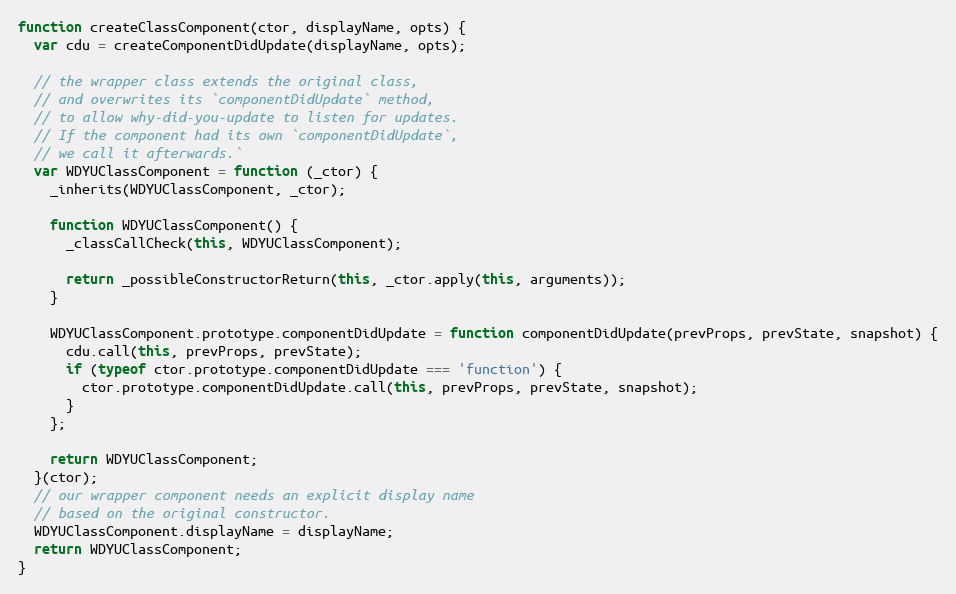
Language: JavaScript
function createClassComponent(ctor, displayName, opts) {
  var cdu = createComponentDidUpdate(displayName, opts);

  // the wrapper class extends the original class,
  // and overwrites its `componentDidUpdate` method,
  // to allow why-did-you-update to listen for updates.
  // If the component had its own `componentDidUpdate`,
  // we call it afterwards.`
  var WDYUClassComponent = function (_ctor) {
    _inherits(WDYUClassComponent, _ctor);

    function WDYUClassComponent() {
      _classCallCheck(this, WDYUClassComponent);

      return _possibleConstructorReturn(this, _ctor.apply(this, arguments));
    }

    WDYUClassComponent.prototype.componentDidUpdate = function componentDidUpdate(prevProps, prevState, snapshot) {
      cdu.call(this, prevProps, prevState);
      if (typeof ctor.prototype.componentDidUpdate === 'function') {
        ctor.prototype.componentDidUpdate.call(this, prevProps, prevState, snapshot);
      }
    };

    return WDYUClassComponent;
  }(ctor);
  // our wrapper component needs an explicit display name
  // based on the original constructor.
  WDYUClassComponent.displayName = displayName;
  return WDYUClassComponent;
}